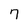
Character: 7